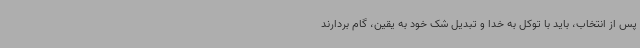
پس از انتخاب، باید با توکل به خدا و تبدیل شک خود به یقین، گام بردارند